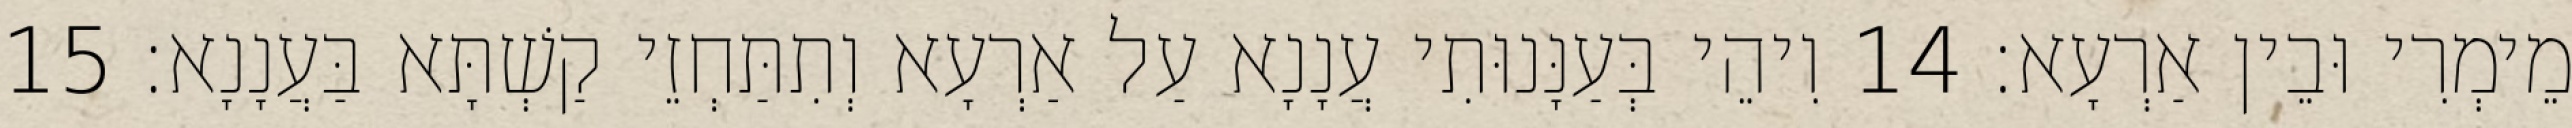
מֵימְרִי וּבֵין אַרְעָא׃ 14 וִיהֵי בְּעַנָּנוּתִי עֲנָנָא עַל אַרְעָא וְתִתַּחְזֵי קַשְׁתָּא בַּעֲנָנָא׃ 15